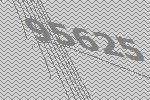
95625